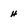
Character: h